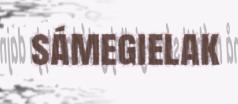
sámegielak